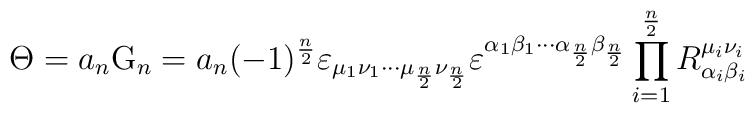
\Theta =a_{n}{\rm G}_{n}=a_{n}(-1)^{\frac{n}{2}}\varepsilon _{\mu _{1}\nu_{1}\cdots \mu _{\frac{n}{2}}\nu _{\frac{n}{2}}}\varepsilon ^{\alpha_{1}\beta _{1}\cdots \alpha _{\frac{n}{2}}\beta _{\frac{n}{2}}}\prod_{i=1}^{\frac{n}{2}}R_{\alpha _{i}\beta _{i}}^{\mu _{i}\nu _{i}}